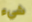
شيء